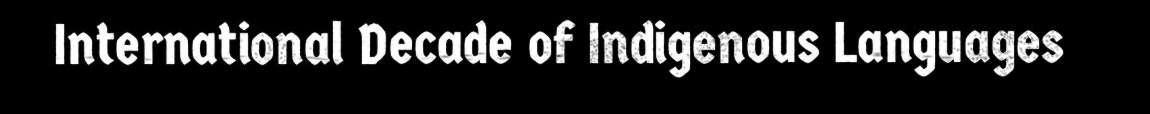
International Decade of Indigenous Languages